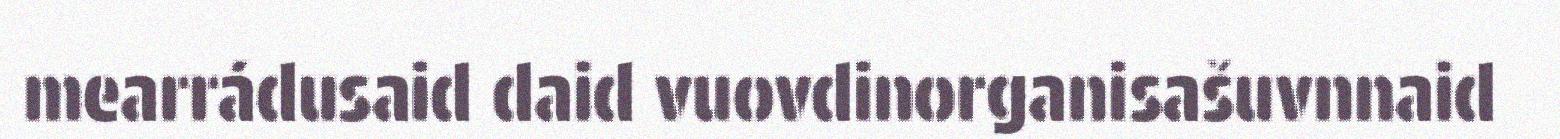
mearrádusaid daid vuovdinorganisašuvnnaid